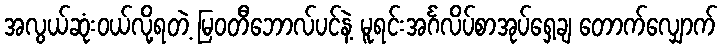
အလွယ်ဆုံးဝယ်လို့ရတဲ့ မြဝတီဘောလ်ပင်နဲ့ မူရင်းအင်္ဂလိပ်စာအုပ်ရှေ့ချ တောက်လျှောက်